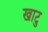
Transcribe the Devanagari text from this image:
खाटु